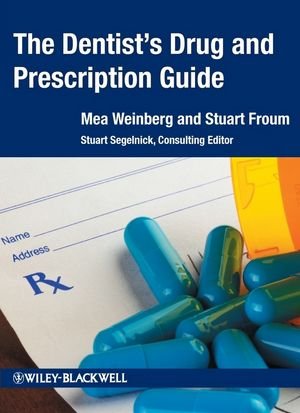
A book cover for The Dentist's Drug and Prescription Guide; Mea A. Weinberg; Medical Books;